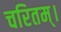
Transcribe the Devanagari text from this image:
चरितम्।